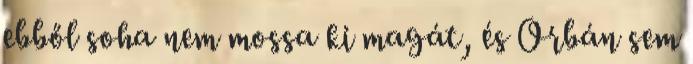
ebből soha nem mossa ki magát, és Orbán sem